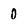
Character: 0